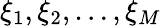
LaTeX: \xi_{1},\xi_{2},\dots,\xi_{M}